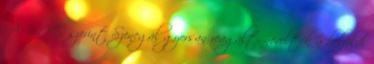
A WHO szerint Szenegál gyorsan reagált: növelték a belföldi